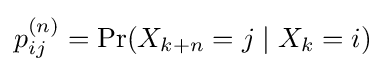
p_{ij}^{(n)}=\Pr(X_{k+n}=j\mid X_{k}=i)